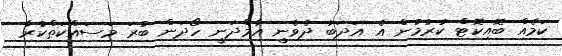
ކަމެއް ބޮއިކޮޓް ކުރުމުން އެ އަދަބު ދެވެނީ އާމްދަނީ ހޯދަން ބުރަ މަސައްކަތްކުރާ